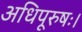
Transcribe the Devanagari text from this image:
अधिपूरुषः।